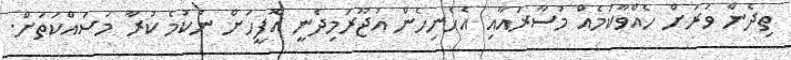
ތިދެން ވަރަށް ހެއްވާކަމެއް މުސާރައާއި އެހެނިހެން އުޖޫރަމިދެނީ އޮފީހަށް ނުކުމެ ކުރާ މަސައްކަތަށް.